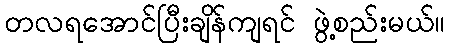
တလရအောင်ပြီးချိန်ကျရင် ဖွဲ့စည်းမယ်။